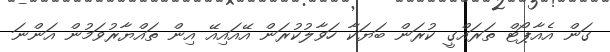
ގަން އެއާޕޯޓް ތަރައްގީ ކުރަން ބަޔަކާ ހަވާލުކުރަން އޭއައިއޭ އިން ތައްޔާރުވަމުން އަންނަ